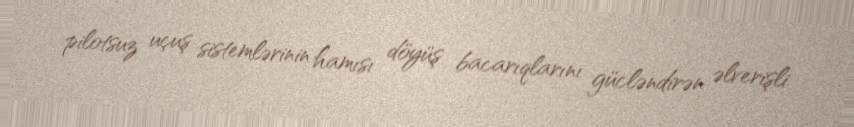
pilotsuz uçuş sistemlərinin hamısı döyüş bacarıqlarını gücləndirən əlverişli